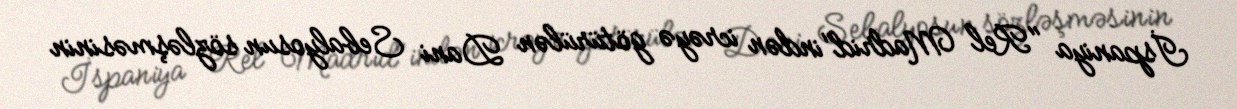
İspaniya "Rel Madrid"indən icrəyə götürülən Dani Sebalyosun sözləşməsinin